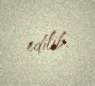
edilib.